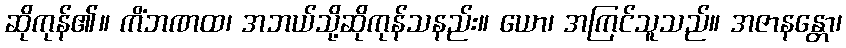
ဆိုကုန်၏။ ကိံဘဏထ၊ အဘယ်သို့ဆိုကုန်သနည်း။ ယော၊ အကြင်သူသည်။ အဇာနန္တော၊